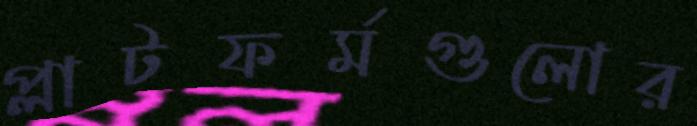
প্লাটফর্মগুলোর